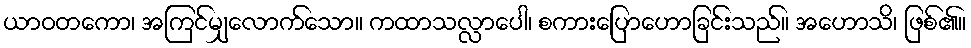
ယာဝတကော၊ အကြင်မျှလောက်သော။ ကထာသလ္လာပေါ၊ စကားပြောဟောခြင်းသည်။ အဟောသိ၊ ဖြစ်၏။